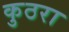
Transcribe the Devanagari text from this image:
कुठरा